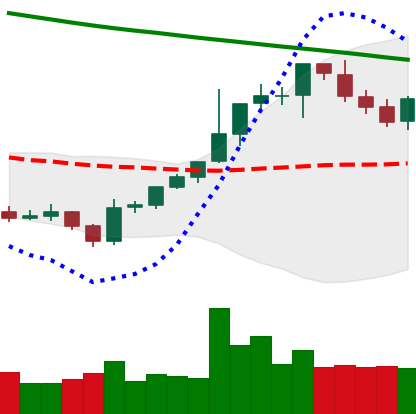
Ticker: BTC-USD
Chart end date: 2021-08-04
Forward return: 16.65%
Label: up_7plus